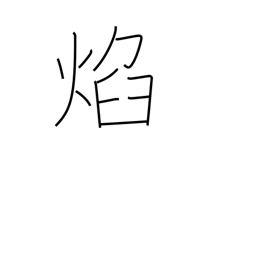
Meaning: glowing